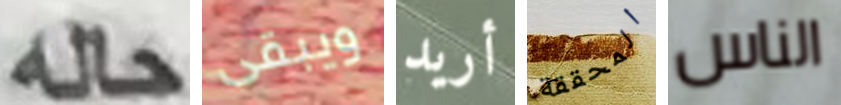
حله ويبقى أريد المحققة الناس